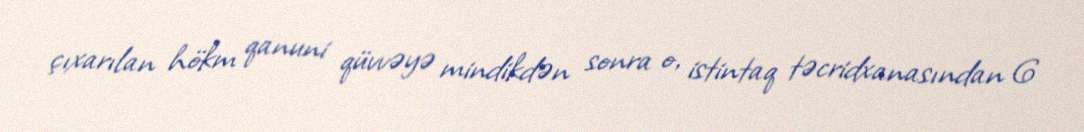
çıxarılan hökm qanuni qüvvəyə mindikdən sonra o, istintaq təcridxanasından 6